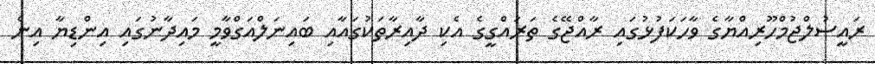
ރައީސުލްޖުމްހޫރިއްޔާގެ ވާހަކަފުޅުގައި ރާއްޖޭގެ ތަރައްގީގެ އެކި ދާއިރާތަކުގައާއި ބައިނަލްއަގްވާމީ މައިދާނުގައި އިންޑިޔާ އިން